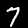
Digit: 7